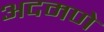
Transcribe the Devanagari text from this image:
अदमणे